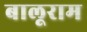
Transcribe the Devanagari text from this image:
बालूराम